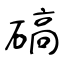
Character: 碻